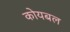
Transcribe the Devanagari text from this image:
कोयबल